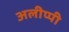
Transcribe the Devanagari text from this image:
अलीप्पी